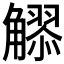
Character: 𧥂